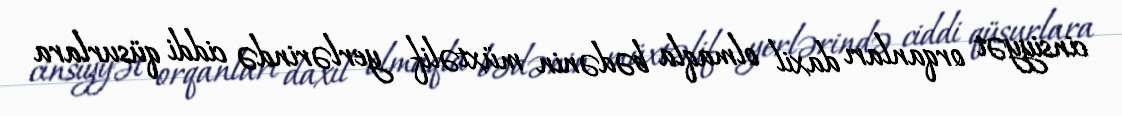
cinsiyyət orqanları daxil olmaqla bədənin müxtəlif yerlərində ciddi qüsurlara